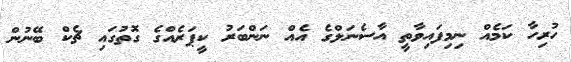
ހުރިހާ ކަމެއް ނިމިފައިވާތީ އާސެނަލްގެ އެއް ނަންބަރު ކީޕަރެއްގެ ގޮތުގައި ޗެކް ބޭނުން